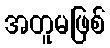
အတူမဖြစ်